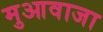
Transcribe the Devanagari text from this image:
मुआवाजा